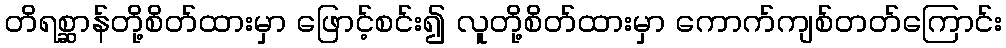
တိရစ္ဆာန်တို့စိတ်ထားမှာ ဖြောင့်စင်း၍ လူတို့စိတ်ထားမှာ ကောက်ကျစ်တတ်ကြောင်း